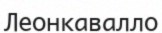
Леонкавалло